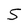
Character: S